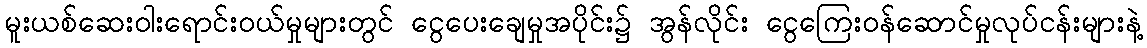
မူးယစ်ဆေးဝါးရောင်းဝယ်မှုများတွင် ငွေပေးချေမှုအပိုင်း၌ အွန်လိုင်း ငွေကြေးဝန်ဆောင်မှုလုပ်ငန်းများနဲ့